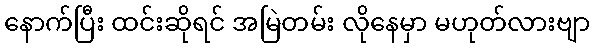
နောက်ပြီး ထင်းဆိုရင် အမြဲတမ်း လိုနေမှာ မဟုတ်လားဗျာ